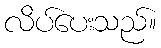
လိပ်ပေးသည်။